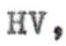
HV,